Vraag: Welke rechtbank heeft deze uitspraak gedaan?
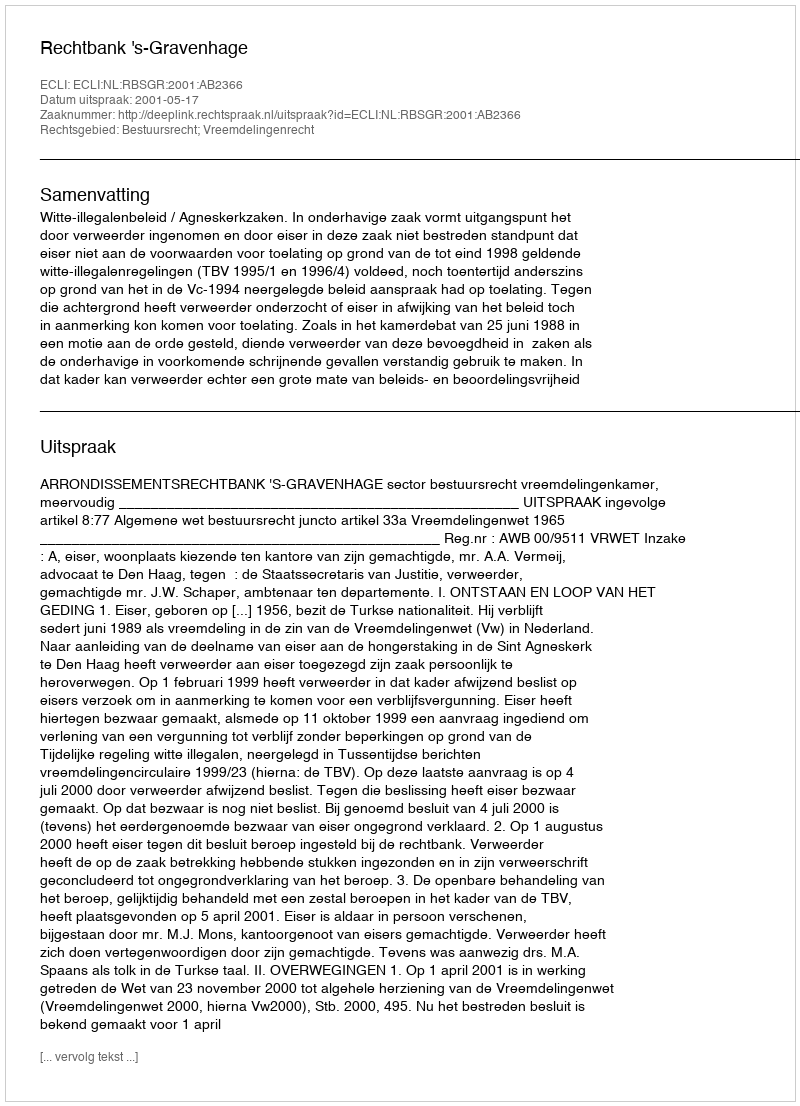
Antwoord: Rechtbank 's-Gravenhage